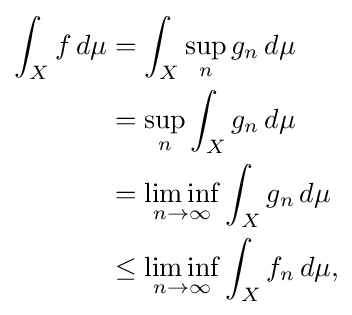
{\begin{aligned}\int _{X}f\,d\mu &=\int _{X}\sup _{n}g_{n}\,d\mu \\&=\sup _{n}\int _{X}g_{n}\,d\mu \\&=\liminf _{n\to \infty }\int _{X}g_{n}\,d\mu \\&\leq \liminf _{n\to \infty }\int _{X}f_{n}\,d\mu ,\end{aligned}}